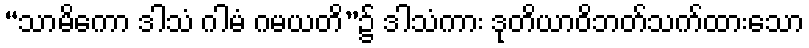
“သာမိကော ဒါသံ ဂါမံ ဂမယတိ”၌ ဒါသံကား ဒုတိယာဝိဘတ်သက်ထားသော